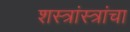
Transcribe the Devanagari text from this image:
शस्त्रांस्त्रांचा